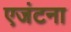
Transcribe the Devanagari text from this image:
एजंटना